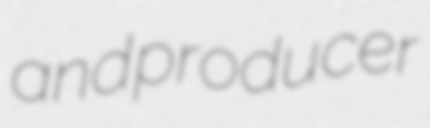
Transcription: and producer